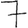
Digit: 7